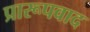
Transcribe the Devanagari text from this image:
प्रारूपवाद